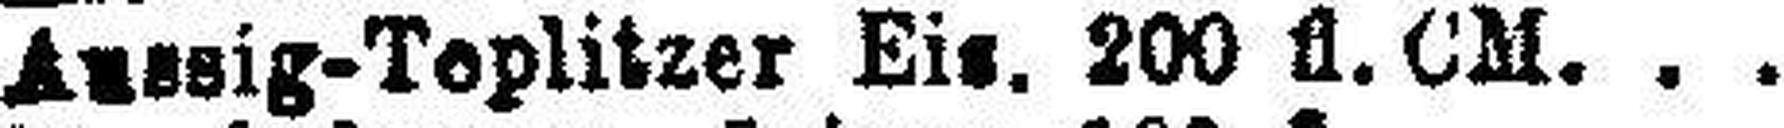
Anssig-Teplitzer Eis. 200 fl. CM.